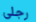
رجلي